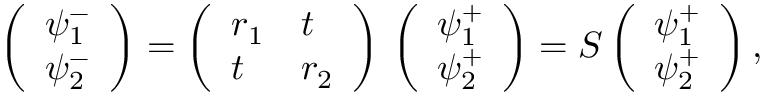
\left( \begin{array} { l } { \psi _ { 1 } ^ { - } } \\ { \psi _ { 2 } ^ { - } } \end{array} \right) = \left( \begin{array} { l l } { r _ { 1 } } & { t } \\ { t } & { r _ { 2 } } \end{array} \right) \, \left( \begin{array} { l } { \psi _ { 1 } ^ { + } } \\ { \psi _ { 2 } ^ { + } } \end{array} \right) = S \left( \begin{array} { l } { \psi _ { 1 } ^ { + } } \\ { \psi _ { 2 } ^ { + } } \end{array} \right) ,